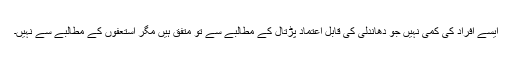
ایسے افراد کی کمی نہیں جو دھاندلی کی قابلِ اعتماد پڑتال کے مطالبے سے تو متفق ہیں مگر استعفوں کے مطالبے سے نہیں۔